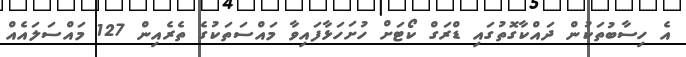
އެ ހިސާބުތަކުން ދައްކާގޮތުގައި ޑްރަގް ކޯޓަށް ހުށަހަޅާފައިވާ މައްސަތަކުގެ ތެރެއިން 127 މައްސަލައެއް